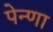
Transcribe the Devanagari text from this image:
पेन्णा